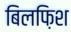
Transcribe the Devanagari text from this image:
बिलफ़िश